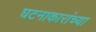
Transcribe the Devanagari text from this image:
घटनाकारांच्या